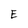
Character: E